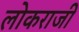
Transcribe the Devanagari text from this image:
लोकराजी